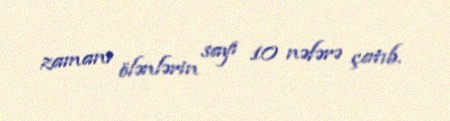
zamanı ölənlərin sayı 10 nəfərə çatıb.